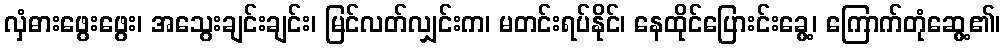
လှံဓားဖွေးဖွေး၊ အသွေးချင်းချင်း၊ မြင်လတ်လျှင်းက၊ မတင်းရပ်နိုင်၊ နေထိုင်ပြေားင်းခွေ့၊ ကြောက်တုံဆွေ့၏၊